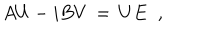
A U - i B V \, = \, U E \; \; ,